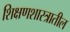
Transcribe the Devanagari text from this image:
शिक्षणशास्त्रातील